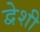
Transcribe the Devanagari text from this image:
द्वेशी